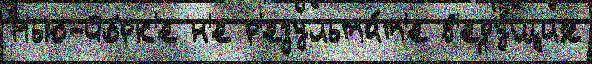
Нью-йо́рк'е н'е р'езульта́т'е в'еду́щих